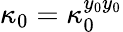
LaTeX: \kappa_{0}=\kappa_{0}^{y_{0}y_{0}}